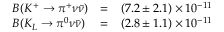
\begin{array} { l l l } { { { \cal B } ( K ^ { + } \to \pi ^ { + } \nu \bar { \nu } ) } } & { { = } } & { { ( 7 . 2 \pm 2 . 1 ) \times 1 0 ^ { - 1 1 } } } \\ { { { \cal B } ( K _ { L } \to \pi ^ { 0 } \nu \bar { \nu } ) } } & { { = } } & { { ( 2 . 8 \pm 1 . 1 ) \times 1 0 ^ { - 1 1 } } } \end{array}